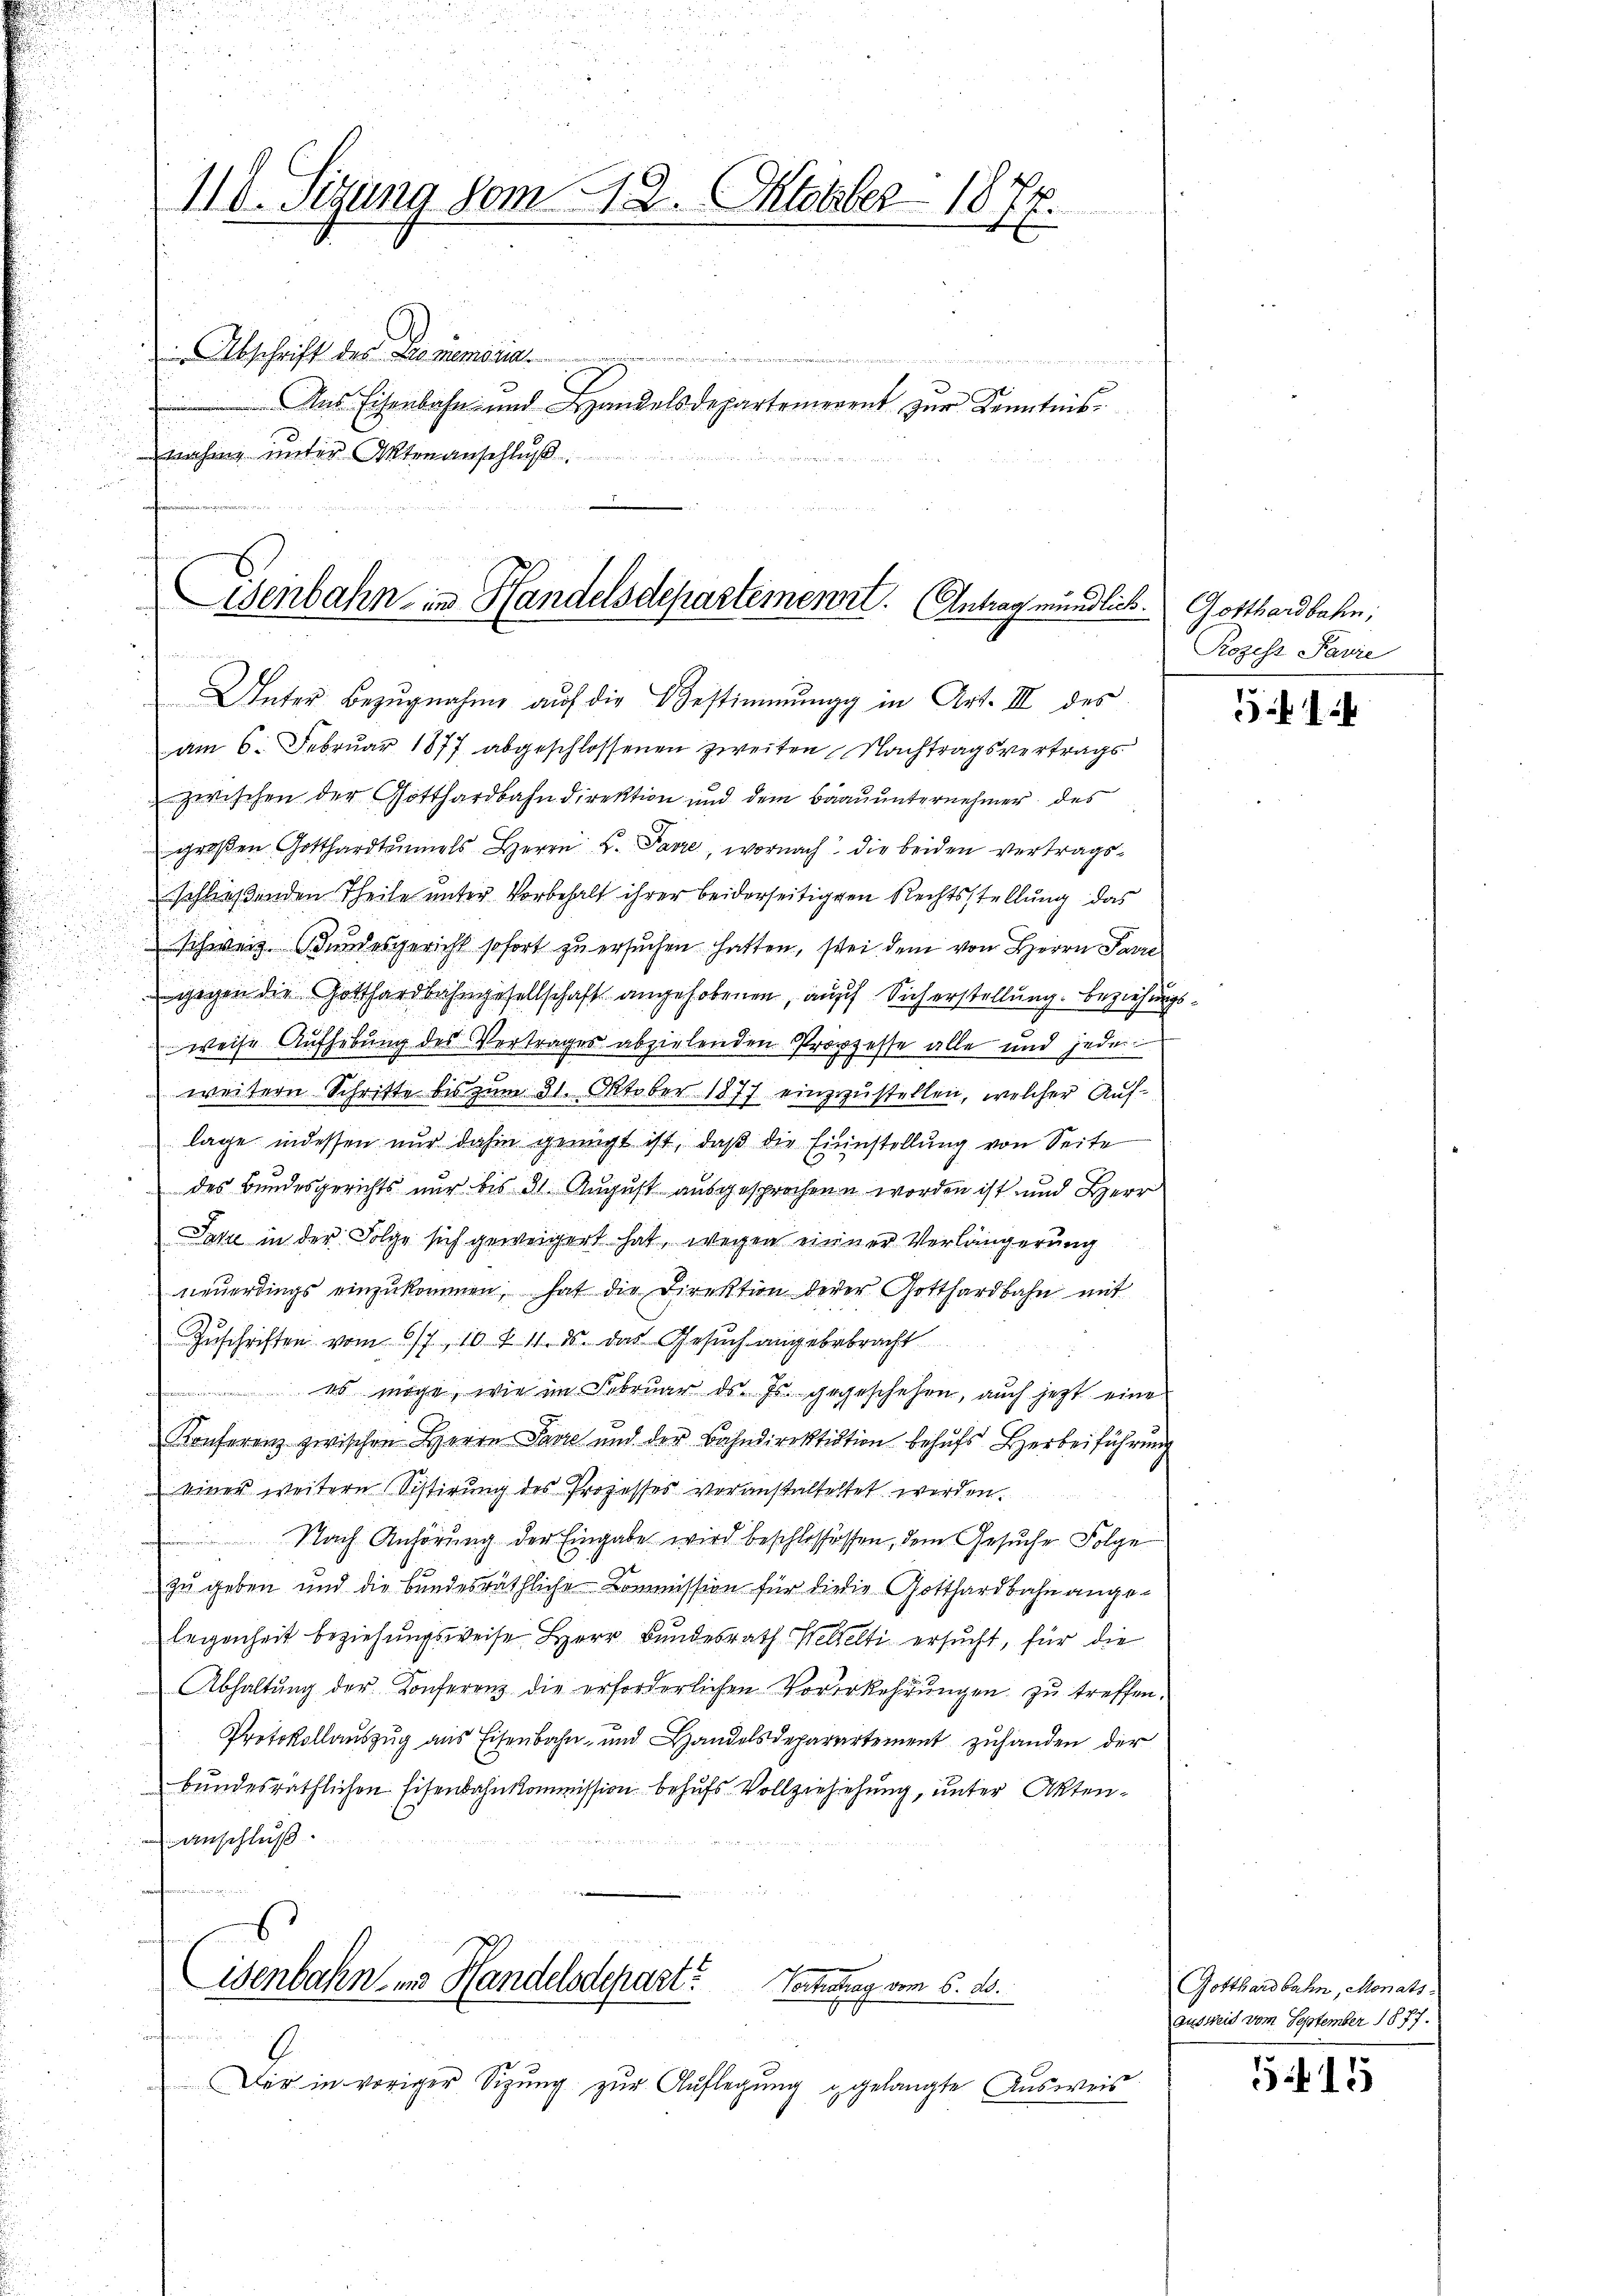
110. Sizung vom 12. Oktober 1877.
 Abschrift des Promemoria

Aus Eisenbahn- und Handelsdepartemerent zur Kenntnisnahme unter Aktenanschluß

Eisenbahn in Handelsdepartement. Antrag mündlich.
e
Unter Bezŭgnahme aŭf die Bestimmung in Art. III des

am 6. Februar 1877 abgeschlossenen zweiten Nachtragsvertrags
zwischen der Gotthardbahndirektion und dem Baauunternehmer des
groβen Gotthardtammels Herrn L. Favre, wornach die beiden vertragsschließenden Theile unter Vorbehalt ihrer beiderseitigen Rechtsstellung das
schweiz. Bundesgericht sofort zu ersuchen hatten, sei dem von Herrn Parre
gegen die Gotthardbahngesellschaft angehobenen, auf Sicherstellung. Beziehungsweise Aufhebung des Vertrages abzielenden Propzesse alle und jede
weitern Schritte bis zum 31. Oktober 1877 einzustellen, welcher Auflage indessen nur dahin genügt ist, daß die Einstellung von Seite
des Bundesgerichts nur bis 31. August ausgesprochen worden ist und Herr
Jahre in der Folge sich geweigert hat, wegen einer Verlängerung
neŭerdings einzŭkommen, hat die Direktion derer Gotthardbahn mit
Zuschriften vom 6/7 10 f 11. ds. das Gesuch angebrbracht
es möge, wie im Februar ds. Js. gegeschehen, auch jetzt eine
Konferenz zwischen Herrn Parre und der Bahndirektiation behufs Herbeiführung
einer weitere Sistirung des Prozesses veranstatteltet werden.
Nach Anhörung der Eingabe wird beschlossessen, dem Gesuche Folge
zu geben und die bundesräthliche Kommission für die die Gotthardbahn angelegenheit beziehungsweise Herr Bundesrath Wettelti ersucht, für die
Abhaltung der Konferenz die erforderlichen Vorerkehrungen zu treffen.
Protokollauszug aus Eisenbahn- und Handelsdeparartement zuhanden der
bundesräthlichen Eisenbahnkommission behufs Vollziehehung, unter Aktenanschluß.

Eisenbahn- und Handelsdepart
Vortretrag vom 6. ds.

Dir in voriger Sizung zur Auflegung gelangte Ausweis

Gotthardbahn,
Rozess Pavie

1

Gotthardbahn, Monats
Ausweid vom September 1877.

515